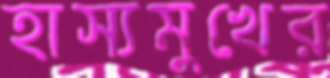
হাস্যমুখের